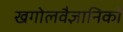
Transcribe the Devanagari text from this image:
खगोलवैज्ञानिकों